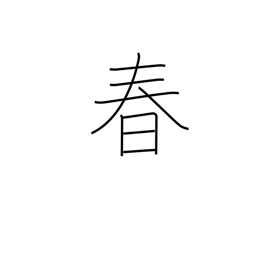
Meaning: springtime